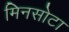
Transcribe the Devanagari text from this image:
मिनसोटा